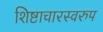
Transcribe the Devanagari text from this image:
शिष्टाचारस्वरुप